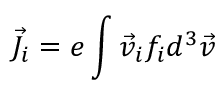
\vec { J } _ { i } = e \int \vec { v } _ { i } f _ { i } d ^ { 3 } \vec { v }